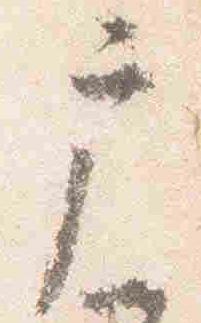
戸